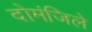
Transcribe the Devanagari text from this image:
दोमंजिले